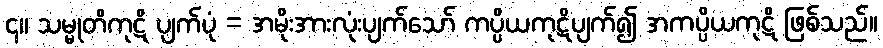
၄။ သမ္မုတိကုဋိ ပျက်ပုံ = အမိုးအားလုံးပျက်သော် ကပ္ပိယကုဋိပျက်၍ အကပ္ပိယကုဋိ ဖြစ်သည်။